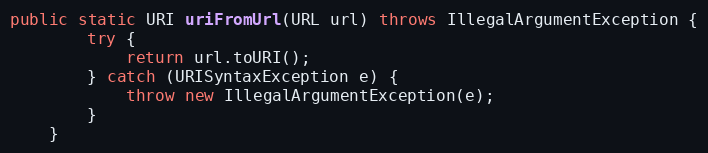
Language: Java
public static URI uriFromUrl(URL url) throws IllegalArgumentException {
        try {
            return url.toURI();
        } catch (URISyntaxException e) {
            throw new IllegalArgumentException(e);
        }
    }